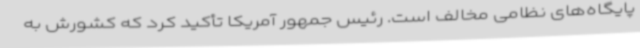
پایگاه‌های نظامی مخالف است. رئیس جمهور آمریکا تأکید کرد که کشورش به